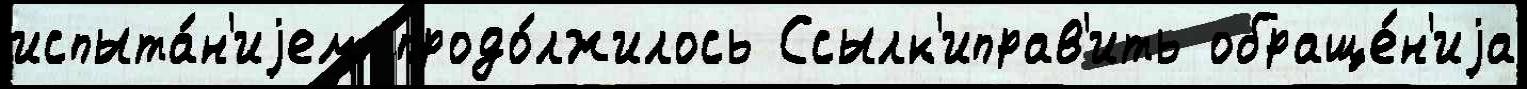
испыта́н'иjем продо́лжилось Ссылк'иправ'ить обраще́н'иjа